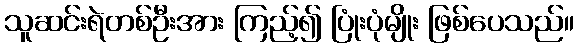
သူဆင်းရဲတစ်ဦးအား ကြည့်၍ ပြုံးပုံမျိုး ဖြစ်ပေသည်။